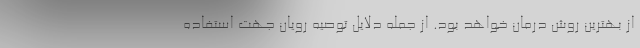
از بهترین روش درمان خواهد بود. از جمله دلایل توصیه رویان جهت استفاده